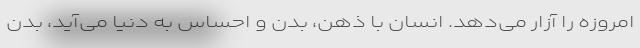
امروزه را آزار می‌دهد. انسان با ذهن، بدن و احساس به دنیا می‌آید، بدن